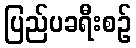
ပြည်ပခရီးစဉ်